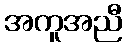
အကူအညီ